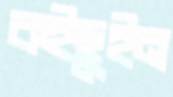
কইছুইন